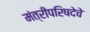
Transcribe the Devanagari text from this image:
मंत्रीपरिषदेचे